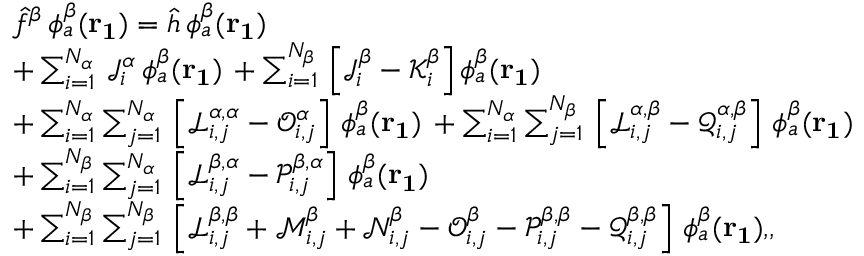
\begin{array} { r l } & { \hat { f } ^ { \beta } \, \phi _ { a } ^ { \beta } ( \mathbf { r _ { 1 } } ) = \hat { h } \, \phi _ { a } ^ { \beta } ( \mathbf { r _ { 1 } } ) } \\ & { + \sum _ { i = 1 } ^ { N _ { \alpha } } \, \mathcal { J } _ { i } ^ { \alpha } \, \phi _ { a } ^ { \beta } ( \mathbf { r _ { 1 } } ) \, + \sum _ { i = 1 } ^ { N _ { \beta } } \, \left[ \mathcal { J } _ { i } ^ { \beta } - \mathcal { K } _ { i } ^ { \beta } \right] \phi _ { a } ^ { \beta } ( \mathbf { r _ { 1 } } ) } \\ & { + \sum _ { i = 1 } ^ { N _ { \alpha } } \sum _ { j = 1 } ^ { N _ { \alpha } } \, \left[ \mathcal { L } _ { i , j } ^ { \alpha , \alpha } - \mathcal { O } _ { i , j } ^ { \alpha } \right] \, \phi _ { a } ^ { \beta } ( \mathbf { r _ { 1 } } ) \, + \sum _ { i = 1 } ^ { N _ { \alpha } } \sum _ { j = 1 } ^ { N _ { \beta } } \, \left[ \mathcal { L } _ { i , j } ^ { \alpha , \beta } - \mathcal { Q } _ { i , j } ^ { \alpha , \beta } \right] \, \phi _ { a } ^ { \beta } ( \mathbf { r _ { 1 } } ) } \\ & { + \sum _ { i = 1 } ^ { N _ { \beta } } \sum _ { j = 1 } ^ { N _ { \alpha } } \, \left[ \mathcal { L } _ { i , j } ^ { \beta , \alpha } - \mathcal { P } _ { i , j } ^ { \beta , \alpha } \right] \, \phi _ { a } ^ { \beta } ( \mathbf { r _ { 1 } } ) } \\ & { + \sum _ { i = 1 } ^ { N _ { \beta } } \sum _ { j = 1 } ^ { N _ { \beta } } \, \left[ \mathcal { L } _ { i , j } ^ { \beta , \beta } + \mathcal { M } _ { i , j } ^ { \beta } + \mathcal { N } _ { i , j } ^ { \beta } - \mathcal { O } _ { i , j } ^ { \beta } - \mathcal { P } _ { i , j } ^ { \beta , \beta } - \mathcal { Q } _ { i , j } ^ { \beta , \beta } \right] \, \phi _ { a } ^ { \beta } ( \mathbf { r _ { 1 } } ) \mathrm { , } \mathrm { , } } \end{array}